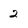
Character: 2